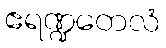
ဧရဏ္ဍတေလံ